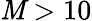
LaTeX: \mathit{M}>10